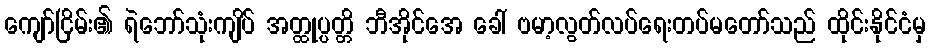
ကျော်ငြိမ်း၏ ရဲဘော်သုံးကျိပ် အတ္ထုပ္ပတ္တိ ဘီအိုင်အေ ခေါ် ဗမာ့လွတ်လပ်ရေးတပ်မတော်သည် ထိုင်းနိုင်ငံမှ